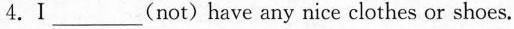
4.Ⅰ___(not)have any nice clothes or shoes.